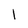
Character: l